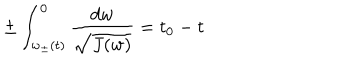
\pm \int _ { w _ { \pm } ( t ) } ^ { 0 } \frac { d w } { \sqrt { J ( w ) } } = t _ { 0 } - t